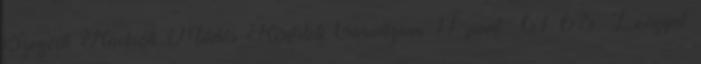
Szegedi Radnóti Miklós Kísérleti Gimnázium 11 pont; 61–65. Lengyel